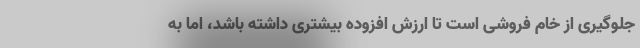
جلوگیری از خام فروشی است تا ارزش افزوده بیشتری داشته باشد، اما به